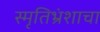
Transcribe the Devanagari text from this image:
स्मृतिभ्रंशाचा